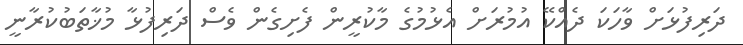
ދަރިފުޅަށް ވާހަކަ ދެއްކޭ އުމުރަށް އެޅުމުގެ މާކުރީން ފެށިގެން ވެސް ދަރިފުޅާ މުޚާތަބުކުރާނީ